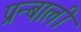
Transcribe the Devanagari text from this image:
प्रन्बाली